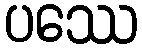
ပဿေ